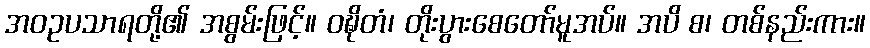
အဝဥပသာရတို့၏ အစွမ်းဖြင့်။ ဝဍ္ဎိတံ၊ တိုးပွားစေတော်မူအပ်။ အပိ စ၊ တစ်နည်းကား။